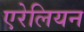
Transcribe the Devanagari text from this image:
एरेलियन